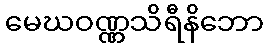
မေဃဝဏ္ဏသိရီနိဘော